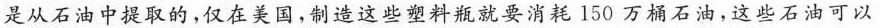
是从石油中提取的，仅在美国，制造这些塑料瓶就要消耗150万桶石油，这些石油可以